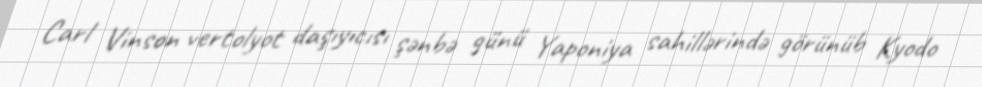
Carl Vinson vertolyot daşıyıcısı şənbə günü Yaponiya sahillərində görünüb Kyodo